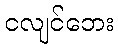
ငလျင်ဘေး